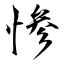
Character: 惨